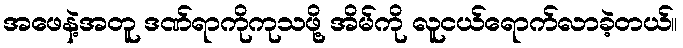
အဖေနဲ့အတူ ဒဏ်ရာကိုကုသဖို့ အိမ်ကို လူငယ်ရောက်လာခဲ့တယ်။